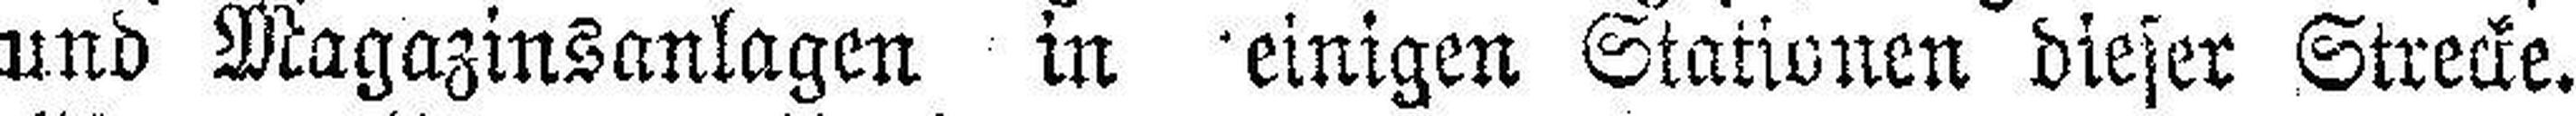
und Magazinsanlagen in einigen Stationen dieser Strecke.